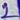
Text: 2